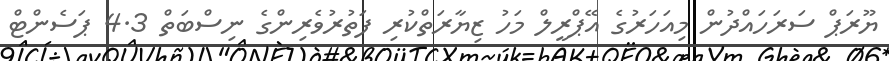
ޔޫރަޕް ސަރަހައްދުން މިއަހަރުގެ އޭޕްރީލް މަހު ޒިޔާރަތްކުރި ފަތުރުވެރިންގެ ނިސްބަތް 4.3 ޕަސެންޓް